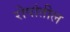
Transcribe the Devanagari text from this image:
रोपांतील